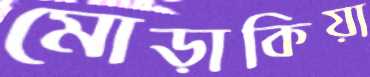
মোড়াকিয়া